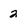
Character: 2